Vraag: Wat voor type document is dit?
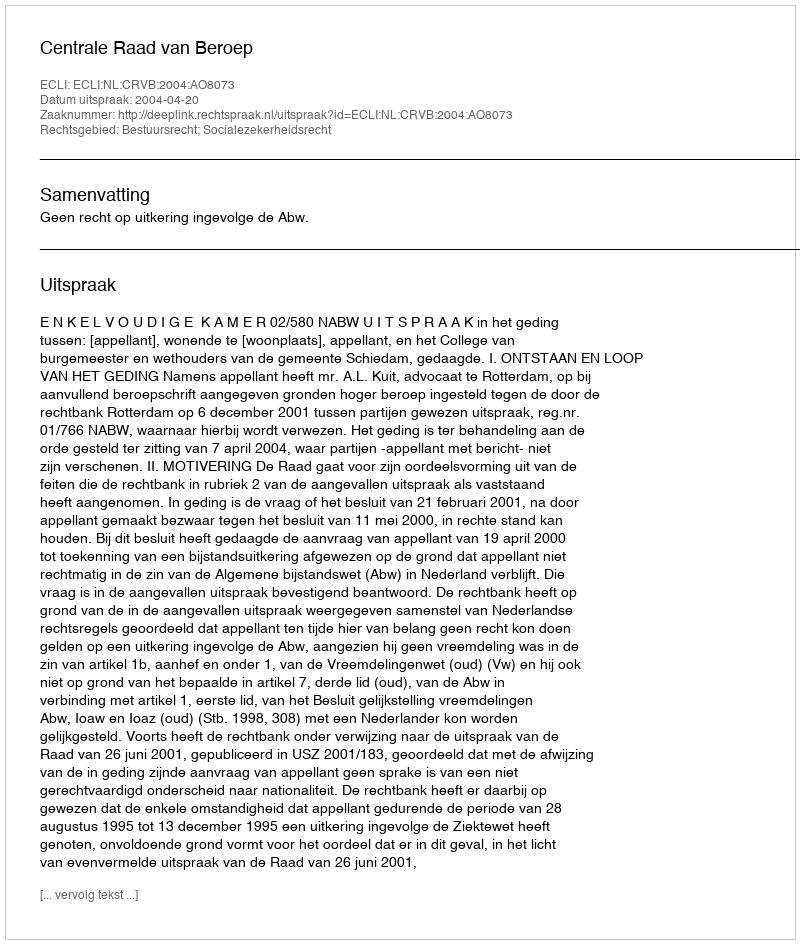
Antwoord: Uitspraak